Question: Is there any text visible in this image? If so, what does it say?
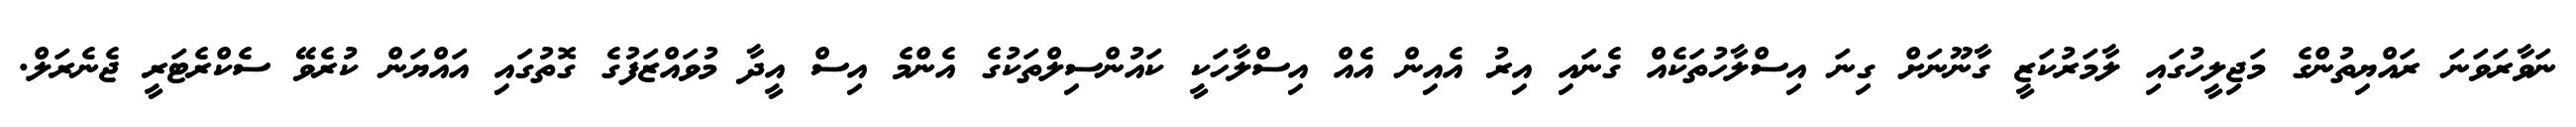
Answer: ނަވާރަވަނަ ރައްޔިތުންގެ މަޖިލީހުގައި ލާމަރުކަޒީ ގާނޫނަށް ގިނަ އިސްލާހުތަކެއް ގެނައި އިރު އެއިން އެއް އިސްލާހަކީ ކައުންސިލްތަކުގެ އެންމެ އިސް އީދާ މުވައްޒަފުގެ ގޮތުގައި އައްޔަން ކުރެވޭ ސެކްރެޓަރީ ޖެނެރަލް.